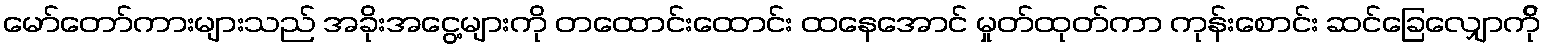
မော်တော်ကားများသည် အခိုးအငွေ့များကို တထောင်းထောင်း ထနေအောင် မှုတ်ထုတ်ကာ ကုန်းစောင်း ဆင်ခြေလျှောက်ို